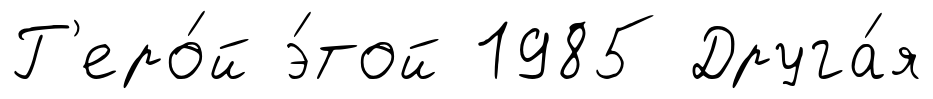
Г'еро́й э́той 1985 Друга́я